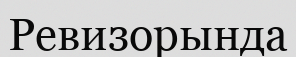
Ревизорында